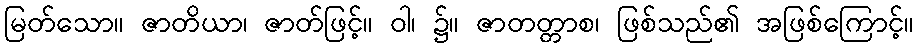
မြတ်သော။ ဇာတိယာ၊ ဇာတ်ဖြင့်။ ဝါ၊ ၌။ ဇာတတ္တာစ၊ ဖြစ်သည်၏ အဖြစ်ကြောင့်။